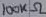
Text: 100KΩ